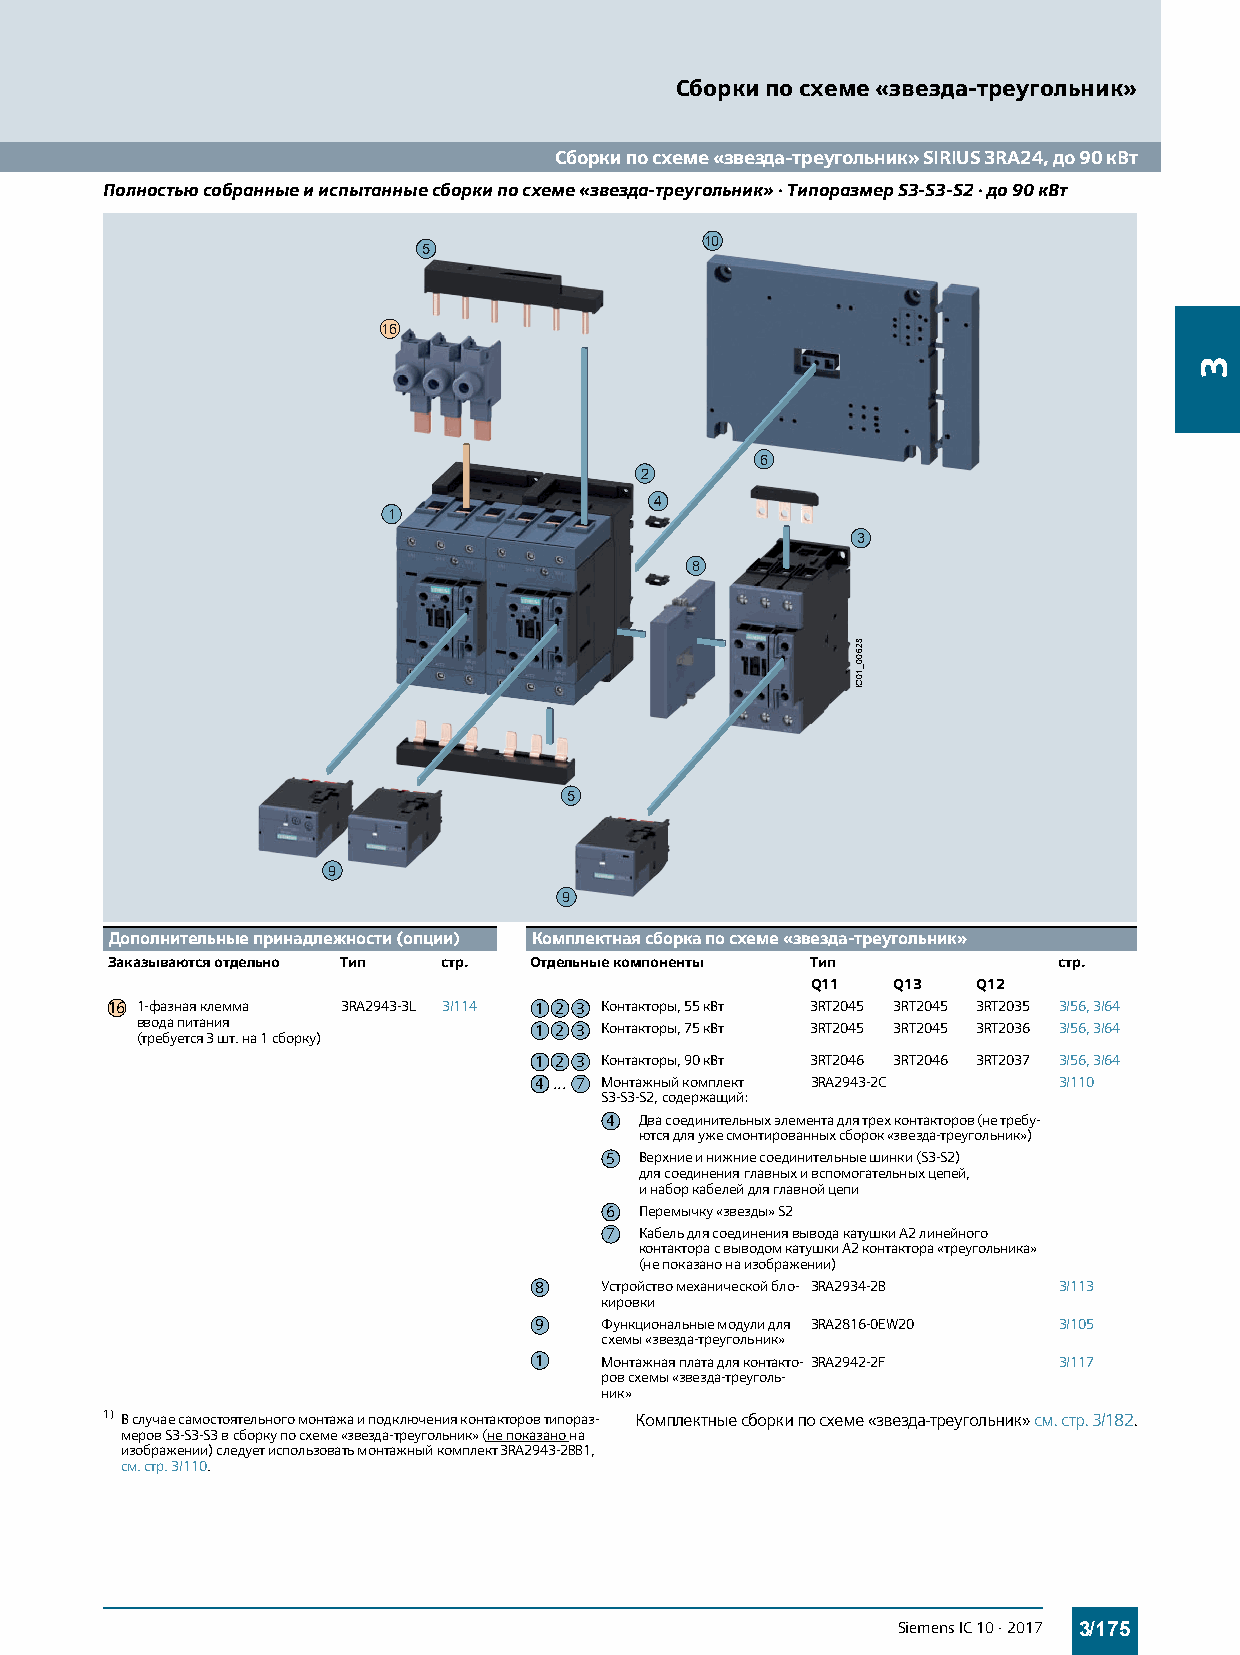
Сборки по схеме «звезда-треугольник»
 Сборки по схеме «звезда-треугольник» SIRIUS 3RA24, до 90 кВт
 Полностью собранные и испытанные сборки по схеме «звезда-треугольник» · Типоразмер S3-S3-S2 · до 90 кВт
 10
 5
 16
 6
 2
 4
 1
 3
 8
 5
 9
 9
 Дополнительные принадлежности (опции) Комплектная сборка по схеме «звезда-треугольник»
 Заказываются отдельно Тип стр. Отдельные компоненты Тип        стр.
 Q11  Q13   Q12
 16 1-фазная клемма 3RA2943-3L 3/114 1 2 3 Контакторы, 55кВт 3RT2045 3RT2045 3RT2035 3/56, 3/64
 ввода питания
 1 2 3 Контакторы, 75кВт 3RT2045 3RT2045 3RT2036 3/56, 3/64
 (требуется 3 шт. на 1 сборку)
 1 2 3 Контакторы, 90кВт 3RT2046 3RT2046 3RT2037 3/56, 3/64
 4 ... 7 Монтажный комплект 3RA2943-2C 3/110
 S3-S3-S2, содержащий:
 4 Два соединительных элемента для трех контакторов (не требу-
 ются для уже смонтированных сборок «звезда-треугольник»)
 5 Верхние и нижние соединительные шинки (S3-S2)
 для соединения главных и вспомогательных цепей,
 и набор кабелей для главной цепи
 6 Перемычку «звезды» S2
 7 Кабель для соединения вывода катушки A2 линейного
 контактора с выводом катушки А2 контактора «треугольника»
 (не показано на изображении)
 8    Устройство механической бло- 3RA2934-2B 3/113
 кировки
 9    Функциональные модули для 3RA2816-0EW20 3/105
 схемы «звезда-треугольник»
 1    Монтажная плата для контакто- 3RA2942-2F 3/117
 ров схемы «звезда-треуголь-
 ник»
 1) В случае самостоятельного монтажа и подключения контакторов типораз- Комплектные сборки по схеме «звезда-треугольник» см. стр.3/182.
 меров S3-S3-S3 в сборку по схеме «звезда-треугольник» (не показано на
 изображении) следует использовать монтажный комплект 3RA2943-2BB1,
 см. стр.3/110.
 Siemens IC 10 · 2017 3/175
 82600_10CI
 3